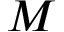
M